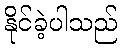
နိုင်ခဲ့ပါသည်